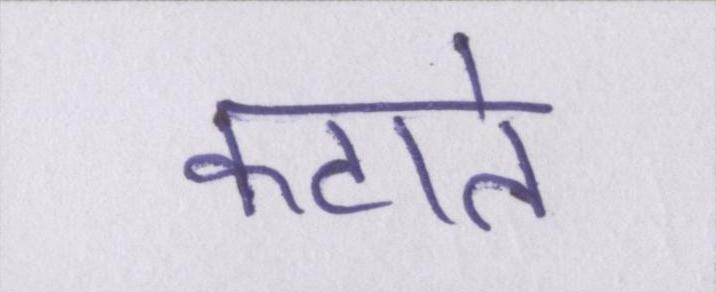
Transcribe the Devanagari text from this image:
कटाते